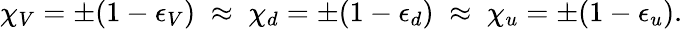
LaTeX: \chi_{V}=\pm(1-\epsilon_{V})\; \approx\; \chi_{d}=\pm(1-\epsilon_{d})\; \approx\; \chi_{u}=\pm(1-\epsilon_{u}).